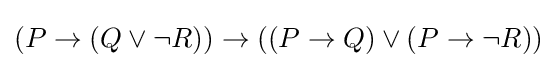
(P\to (Q\lor \neg R))\to ((P\to Q)\lor (P\to \neg R))